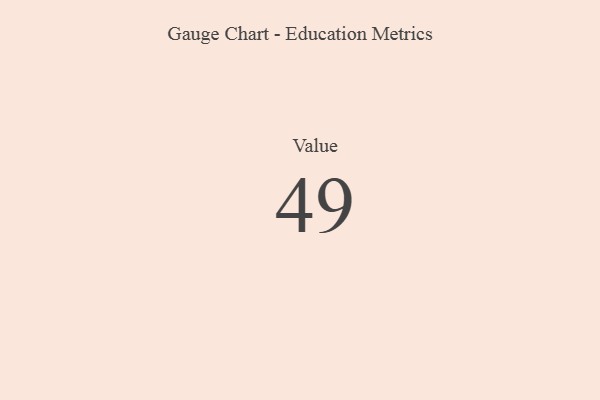
{"axis": {"x": "Metric", "y": "Value"}, "legend": [""], "data": [{"x": "Value", "y": 49, "type": ""}]}